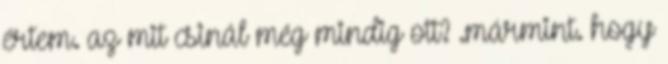
értem. az mit csinál még mindig ott? .mármint. hogy